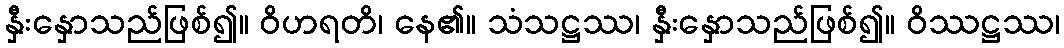
နှီးနှောသည်ဖြစ်၍။ ဝိဟရတိ၊ နေ၏။ သံသဋ္ဌဿ၊ နှီးနှောသည်ဖြစ်၍။ ဝိဿဋ္ဌဿ၊